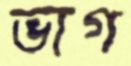
ভাগ